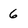
Character: 6